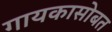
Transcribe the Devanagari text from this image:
गायकासोबत